Bréfritari: Sigríður Pálsdóttir
Viðtakandi: Páll Pálsson
Dagsetning: A-1862-09-22
Skrifað á: Breiðabólsstað  Rang.
Páll var bróðir Sigríðar

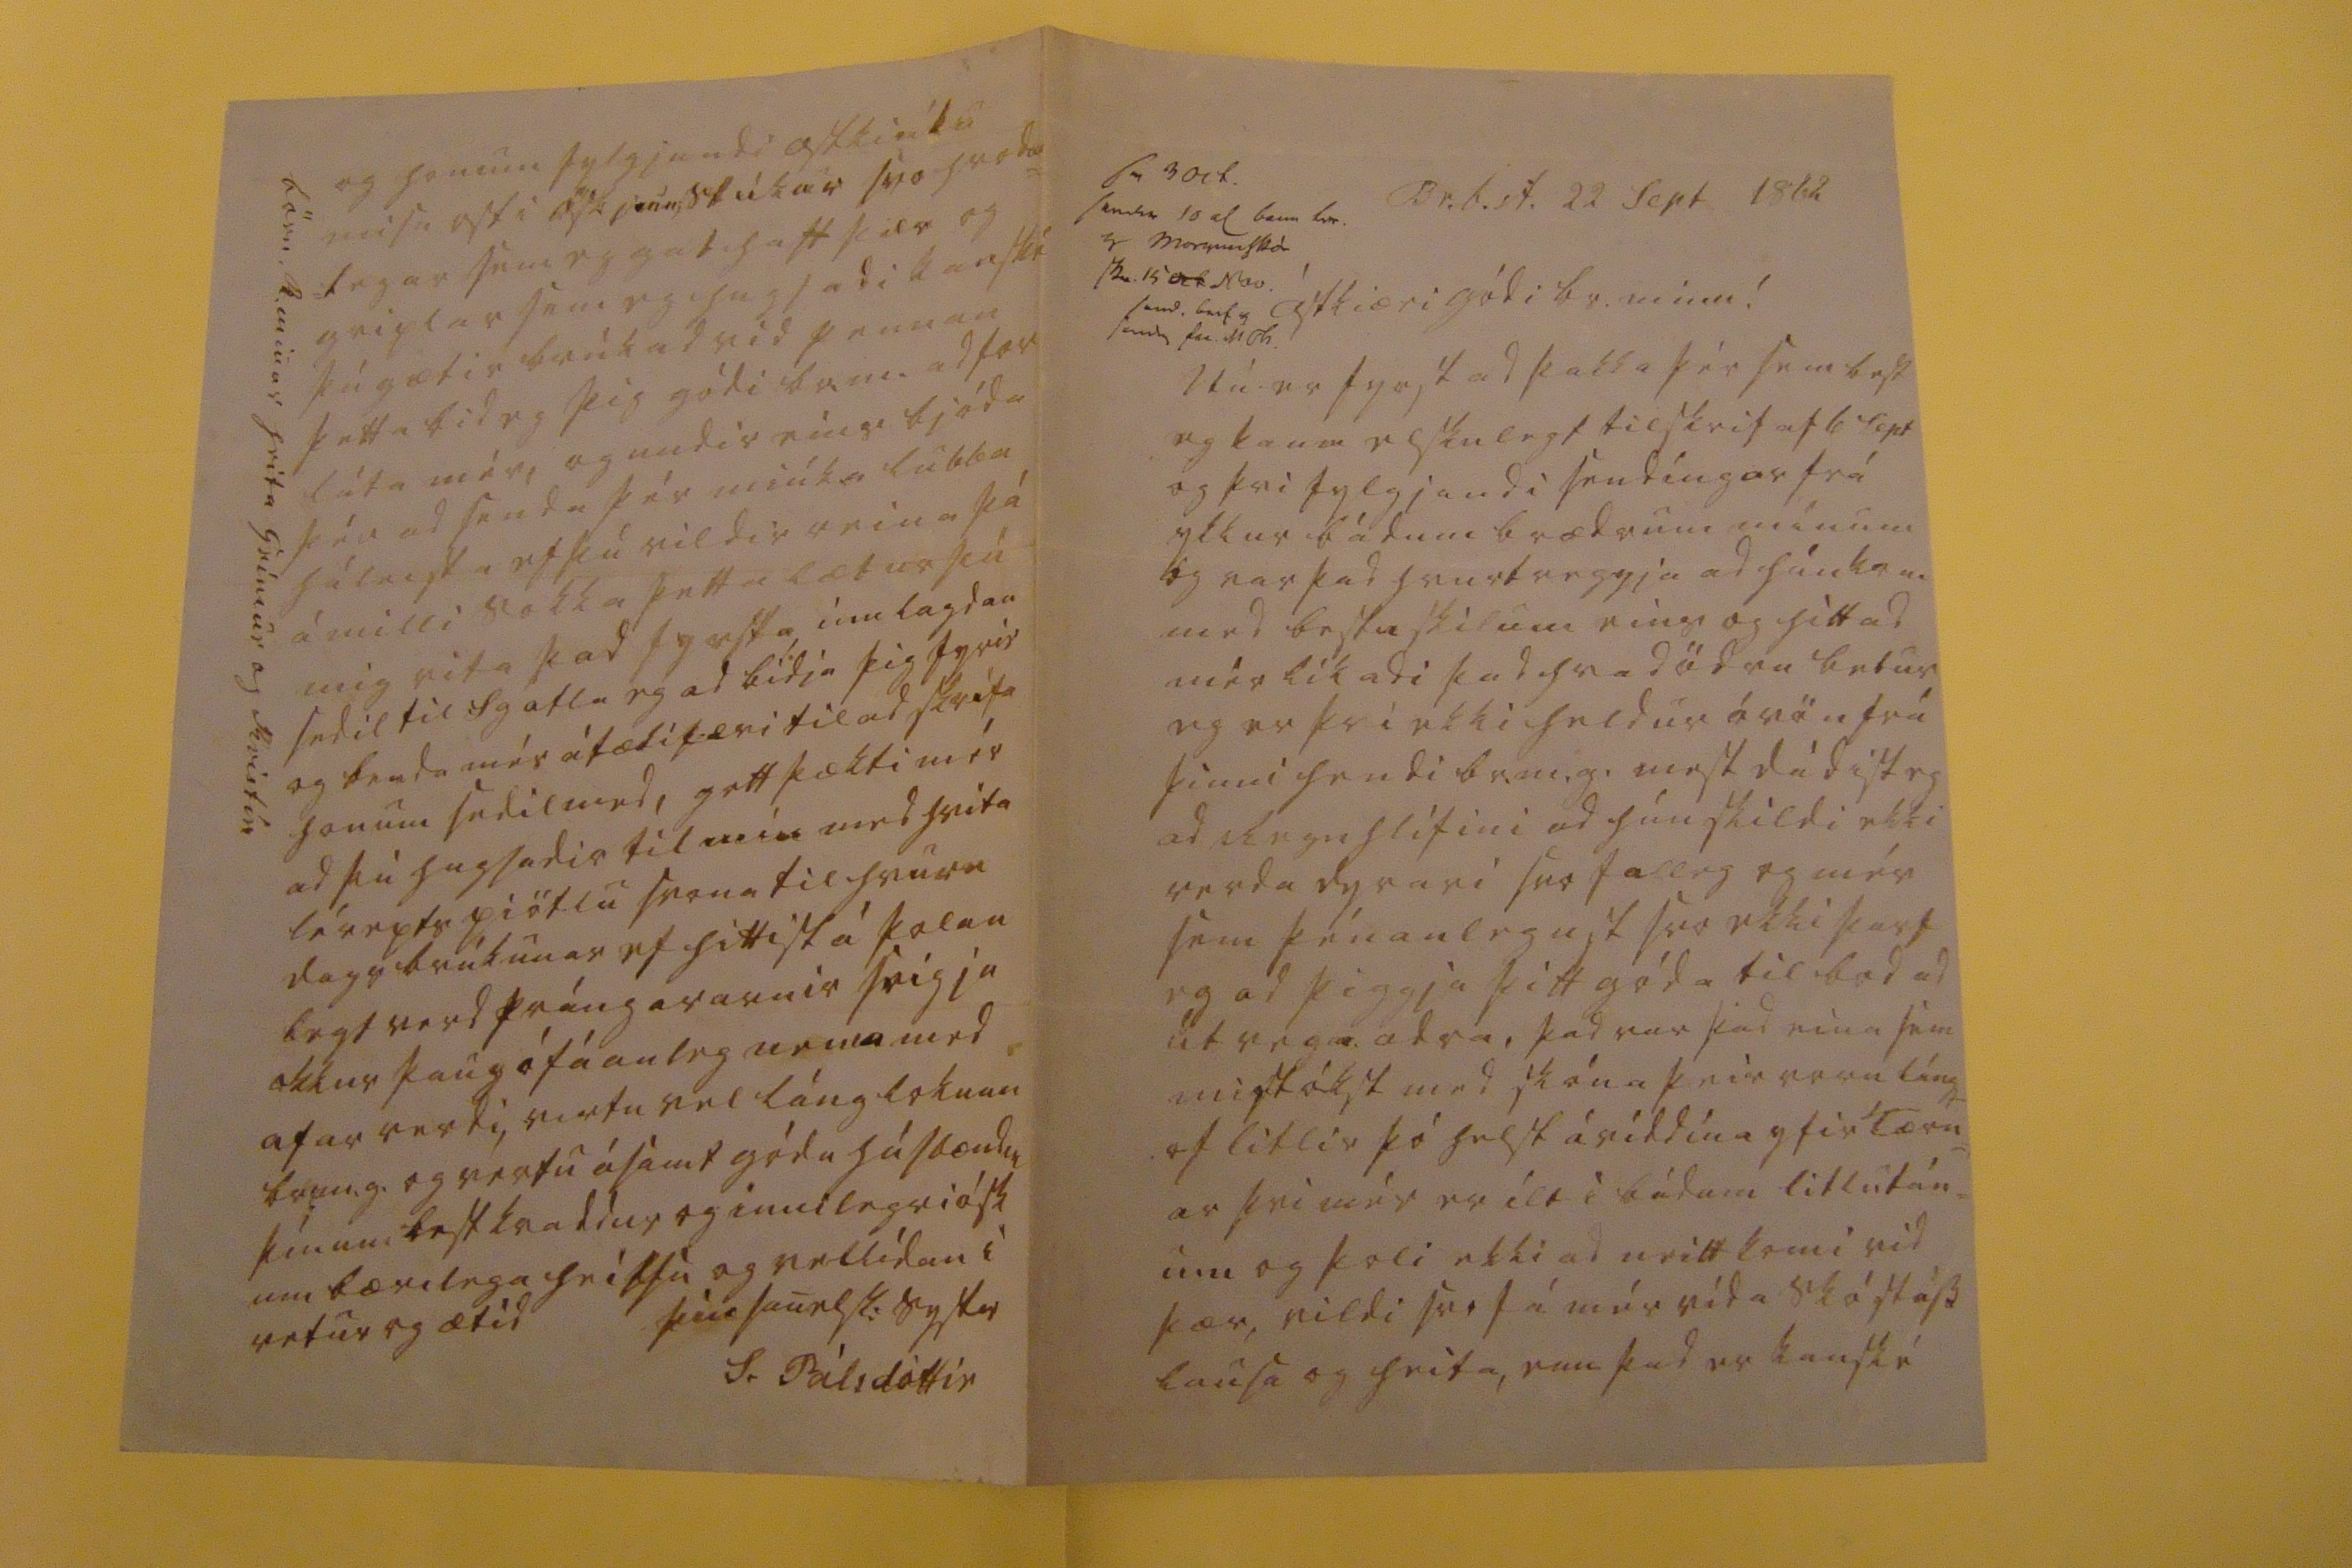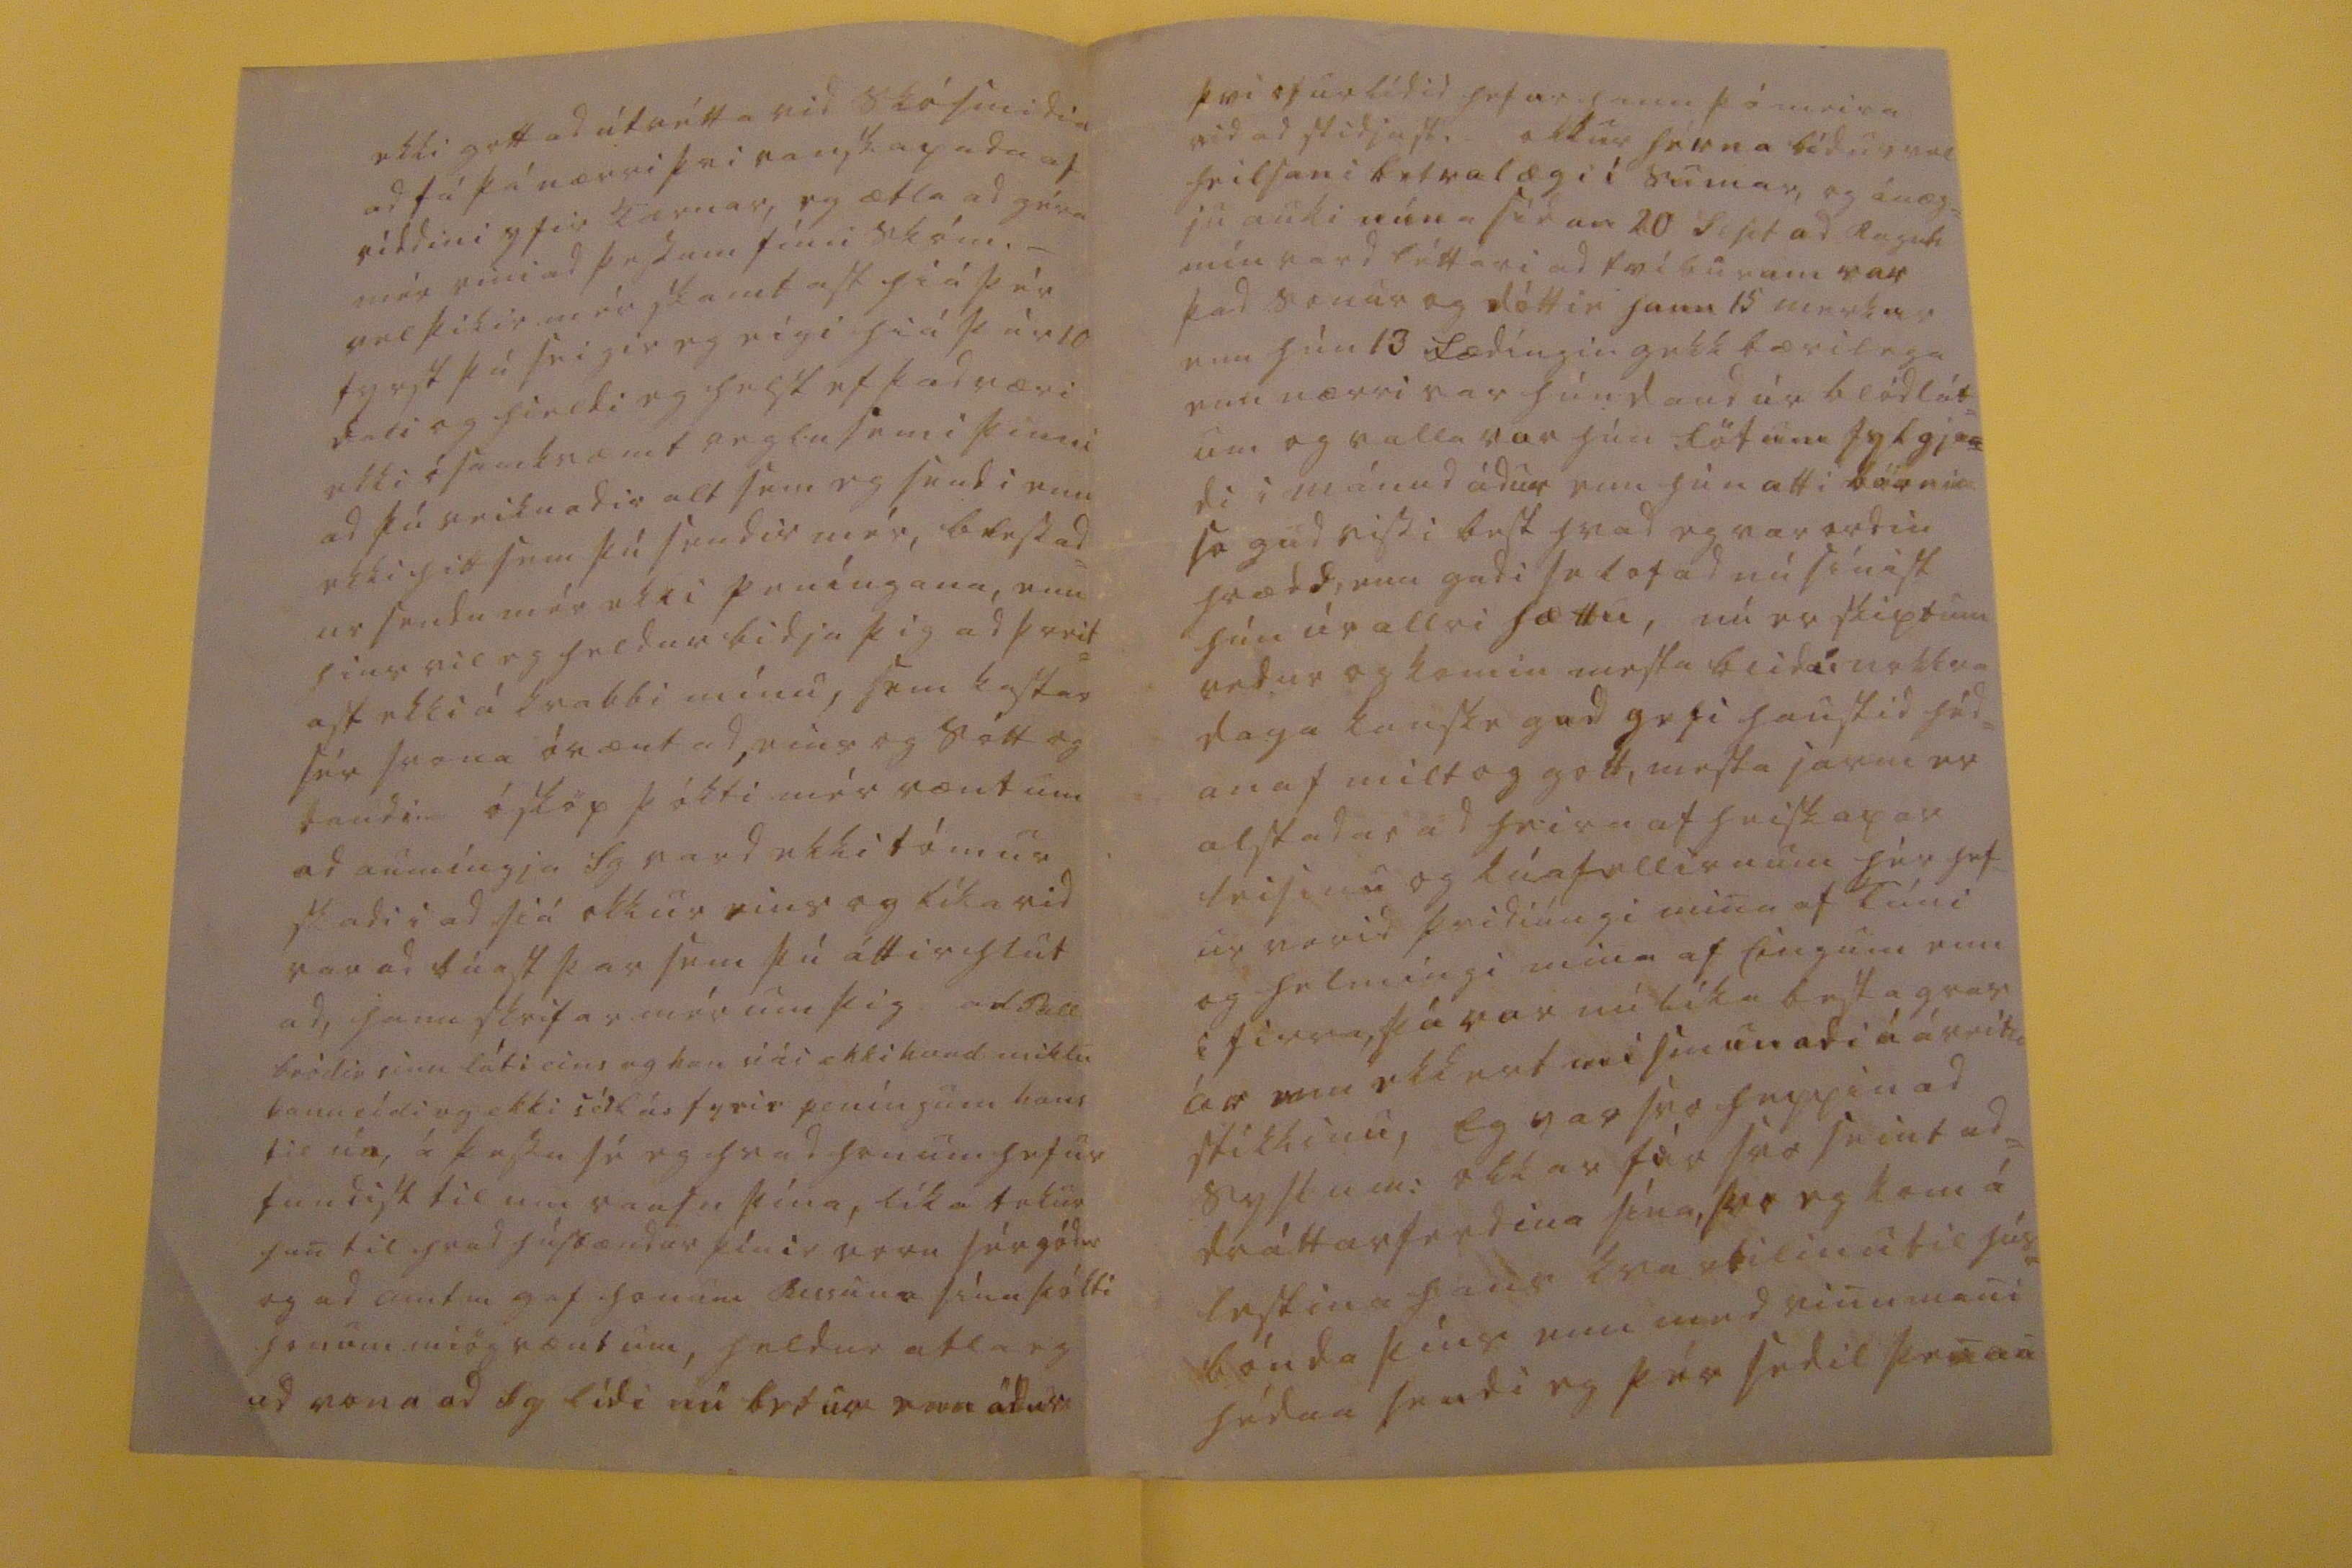

sv 3 oct. sendir 10 al baun 00. 0 mor00skór skr. 15
oct
Nov. send. bref 0 send sv. 000
Br.b.st. 22 Sept 1862
Ástkiæri gódi br. minn!
Nú er fyrst ad þakka þér sem best eg kann elskulegt tilskrif af 6 Sept og þvi fylgjandi sendíngar frá ykkur bádum brædrum mínum og var þad hvurtveggja ad
hánk00
med bestu skilum eins og hitt ad mér líkadi þad hvad ödrum betur eg er þvi ekki heldur óvön frá þinni hendi br.m.g. mest dádist eg ad Regnhlífini ad hún skildi ekki verda dyrari svo falleg og mér sem þénanlegust svo ekki þarf eg ad þiggja þitt góda tilbod ad útvega adra, þad var þad eina sem mistókst med skóna þeir voru lángt of litlir þó helst á siddina yfir tærn= ar þvi mér er ilt i bádum litlután= um og þoli ekki ad neitt komi vid þær, vildi svo fá mér vída skóstáss lausa og heita, enn þad er kanské
ekki gott ad útrétta vid skósmidin ad fá þá nærri þvi vanskapada af síddini yfir Tærnar, eg ætla ad géra mér vini ad þessum sínu skóm._ vel þikir mér skamtast hiá þér fyrst þú seigir eg eigi hiá þér 10 dali og hieldi eg helst ef þad væri ekki ósamkvæmt reglusemi þinni ad þú reiknadir alt sem eg sendi enn ekki hitt sem þú sendir mér, blessad= ur sendu mér ekki peníngana, enn hier vil eg heldur bidja þig ad þreit= ast ekki á kvabbi mínu, sem kostar sér svona óvænt ad, eins og sótt og daudin ósköp þókti mér vænt um ad aumíngja Sg vard ekki tómur skadi i ad siá okkur eins og líka vid var ad búast þar sem þú áttir hlut ad, hann skrifar mér um þig ad Pall bródir sinn láti eins og han
0000
ekki lund miklu kann ekki og ekki
sé000
fyrir peníngum hans til
án,
á þessu sé eg hvad honum hefur fundist til um rausn þína, líka tekur han til hvad húsbændur þínir voru sér gódur og ad amt m gaf honum
Busuna
sína þókti honum miög vænt um, heldur atla eg ad vona ad Sg lídi nú betur enn ádur
þvi ofurlítid hefur hann þó meira vid ad stidjast. okkur hérna bídur vel heilsan i betra lægi i sumar, og ánæg= ju auki núna sídan 20 Sept ad Ragnh mín vard léttari ad tvíburum var þad sonur og dóttir hann 15 merkur enn hún 13 fædíngin gekk bærilega enn nærri var hún daud úr blódlát= um og valla var hún fötum fylgjan= di i mánud ádur enn hún átti börnin sa gud vissi best hvad eg var ordin hrædd, enn gudi se lofad nú sínist hún úr allri hættu, nú er skiptum vedur og komin mesta blida i nokkra daga kanske gud gefi haustid héd= an af milt og gott, mesta járni er alstadar ad heira af heiskapar leisinu og kúafellirnum hér hef= ur verid þriðiúngi mina af Túni og helmíngi mina af
0ingum
enn i firra, þá var nú líka besta gras ár enn ekkert mismunadi á áveitu stikkinu, Eg var svo heppin ad syslum: okkar fór svo seint ad= dráttarferdina sína, svo eg kom á lestina hans kvartilinu til hús= bónda þíns enn med vinumani hédan sendi eg þér sedil þenan
og honum fylgjandi ostkiéku misu osti
0s0s00stúkar
svo hroda= legar sem eg gat haft þær og
griplar
sem eg hugsadi kanské þú gætir brúkad vid pennan þetta bid eg þig gódi br.m. ad for láta mér, og undir eins bjóda þér ad senda þér miúka lubba hálnisti ef þú vildir reina þá á milli sokka þetta lætur þú mig vita þad fyrsta innlagdan sedil til Sg atla eg ad bidja þig fyrir og benda mér á tækifæri til ad skrifa honum sedil med, gott þækti mér ad þú hugsadir til mín med léreptspiötlu svona til hvurn dagsbrúkunar ef hittist á þolan legt verd prángararnir seigja okkur þaug ófáanleg nema med afar verdi, vertu vel lánglokuna br.m.g. og vertu ásamt gódu húsbændum þínum best kvaddur og innilegri ósk um bærilega heilsu og vellídan i vetur og ætíd
þín sanelsk: systir
S. Pálsdóttir
börn R. minar heita Grímur og Kristín